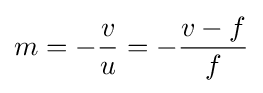
m=-{\frac {v}{u}}=-{\frac {v-f}{f}}